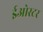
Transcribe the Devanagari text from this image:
ईओस्टर